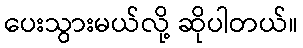
ပေးသွားမယ်လို့ ဆိုပါတယ်။